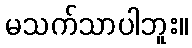
မသက်သာပါဘူး။